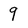
Character: 9